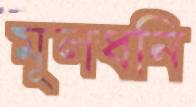
মূলধনি